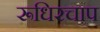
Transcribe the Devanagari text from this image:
रूधिरचाप